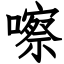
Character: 嚓